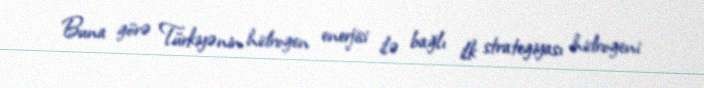
Buna görə Türkiyənin hidrogen enerjisi ilə bağlı ilk strategiyası hidrogeni